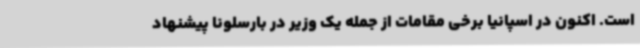
است. اکنون در اسپانیا برخی مقامات از جمله یک وزیر در بارسلونا پیشنهاد